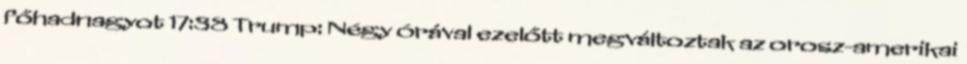
főhadnagyot 17:38 Trump: Négy órával ezelőtt megváltoztak az orosz-amerikai